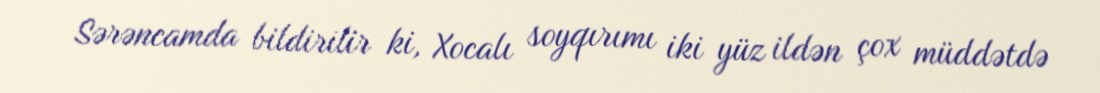
Sərəncamda bildirilir ki, Xocalı soyqırımı iki yüz ildən çox müddətdə